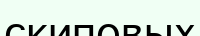
скиповых